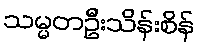
သမ္မတဦးသိန်းစိန်